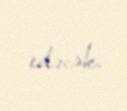
edəcək.